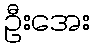
ဦးအေး